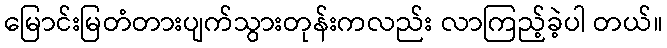
မြောင်းမြတံတားပျက်သွားတုန်းကလည်း လာကြည့်ခဲ့ပါ တယ်။